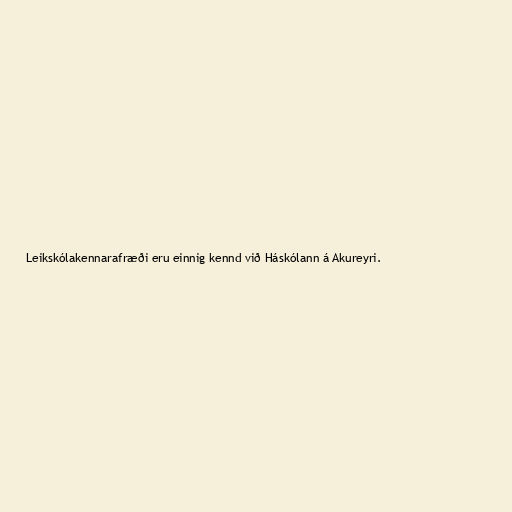
Leikskólakennarafræði eru einnig kennd við Háskólann á Akureyri.